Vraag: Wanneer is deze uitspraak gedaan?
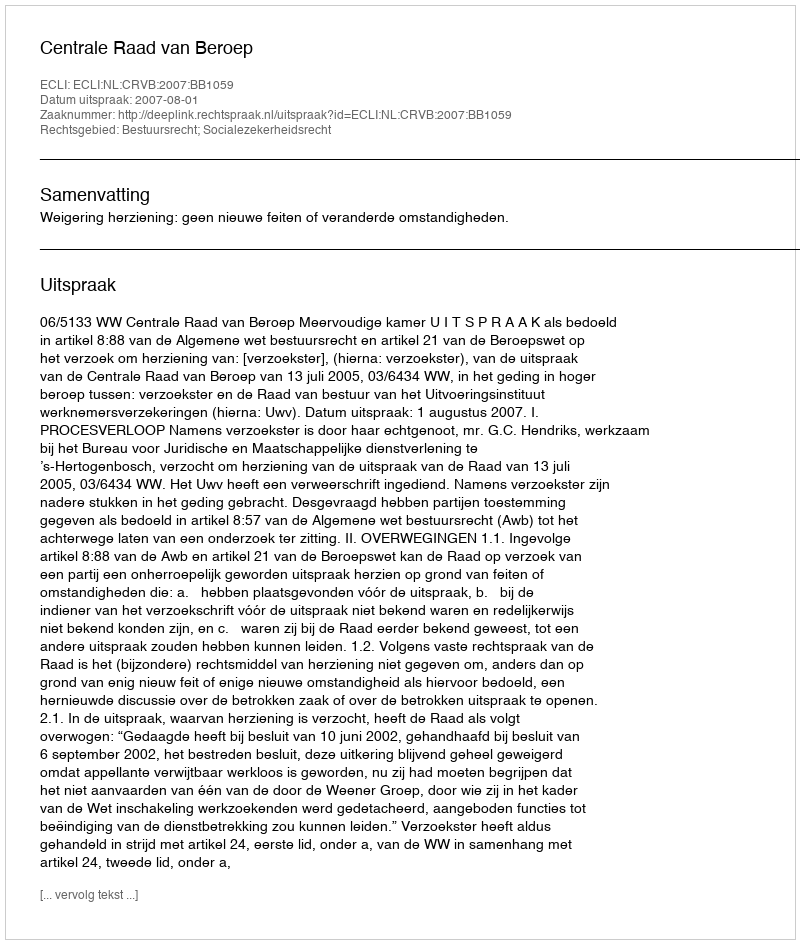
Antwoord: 2007-08-01